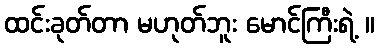
ထင်းခုတ်တာ မဟုတ်ဘူး မောင်ကြီးရဲ့ ။